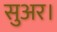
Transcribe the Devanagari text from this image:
सुअर।